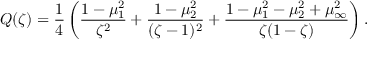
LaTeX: Q ( \zeta ) = \frac { 1 } { 4 } \left( \frac { 1 - \mu _ { 1 } ^ { 2 } } { \zeta ^ { 2 } } + \frac { 1 - \mu _ { 2 } ^ { 2 } } { ( \zeta - 1 ) ^ { 2 } } + \frac { 1 - \mu _ { 1 } ^ { 2 } - \mu _ { 2 } ^ { 2 } + \mu _ { \infty } ^ { 2 } } { \zeta ( 1 - \zeta ) } \right) .